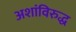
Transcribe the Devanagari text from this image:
अशांविरुद्ध